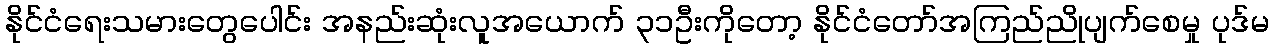
နိုင်ငံရေးသမားတွေပေါင်း အနည်းဆုံးလူအယောက် ၃၁ဦးကိုတော့ နိုင်ငံတော်အကြည်ညိုပျက်စေမှု ပုဒ်မ